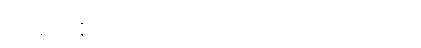
တူ။ ဧတာနိပိ၊ ထိုပထဝီစသော မဟာဘုတ်တို့သည်လည်း။